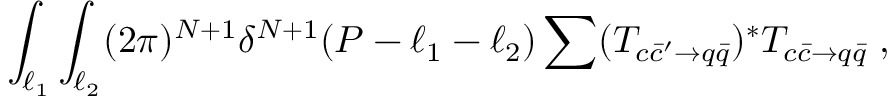
\int _ { \ell _ { 1 } } \int _ { \ell _ { 2 } } ( 2 \pi ) ^ { N + 1 } \delta ^ { N + 1 } ( P - \ell _ { 1 } - \ell _ { 2 } ) \sum ( { \cal T } _ { c \bar { c } ^ { \prime } \to q \bar { q } } ) ^ { * } { \cal T } _ { c \bar { c } \to q \bar { q } } \; ,